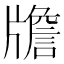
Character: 𤗻